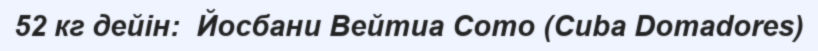
52 кг дейін:  Йосбани Вейтиа Сото (Cuba Domadores)